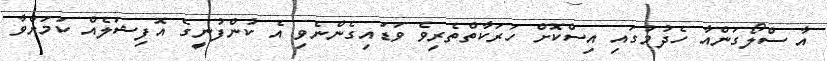
އާ ސްލޯގަންއާ ހެދުމުގައި އިސްކޮށް ހަރަކާތްތެރިވެ ވަޑައިގެންނެވި އެ ކުންފުނީގެ އޮފިޝަލެއް ކަމަށްވާ